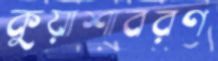
কুয়াশাবরণ